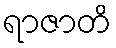
ရာဇာတိ